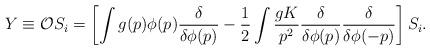
LaTeX: \begin{align*}Y\equiv{\cal O}S_i=\left[\int g(p)\phi(p){{\delta }\over\delta\phi(p)}-{1\over 2}\int {gK\over p^2}{{\delta }\over\delta\phi(p)}{{\delta }\over\delta\phi(-p)}\right]S_i.\end{align*}